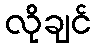
လိုချင်